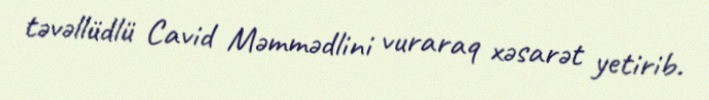
təvəllüdlü Cavid Məmmədlini vuraraq xəsarət yetirib.